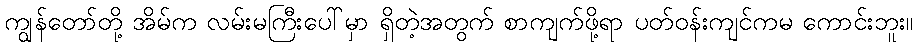
ကျွန်တော်တို့ အိမ်က လမ်းမကြီးပေါ်မှာ ရှိတဲ့အတွက် စာကျက်ဖို့ရာ ပတ်ဝန်းကျင်ကမ ကောင်းဘူး။